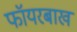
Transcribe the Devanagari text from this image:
फॉयरबाख